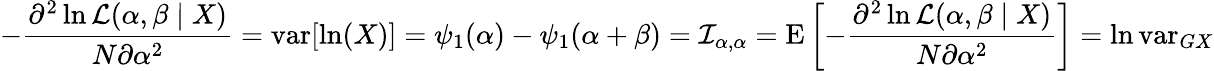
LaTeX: -{\frac{\partial^{2}\ln{\mathcal{L}}(\alpha,\beta\mid X)}{N\partial\alpha^{2}}}=\operatorname{var}[\ln(X)]=\psi_{1}(\alpha)-\psi_{1}(\alpha+\beta)={\mathcal{I}}_{\alpha,\alpha}=\operatorname{E}\left[-{\frac{\partial^{2}\ln{\mathcal{L}}(\alpha,\beta\mid X)}{N\partial\alpha^{2}}}\right]=\ln\operatorname{var}_{GX}